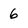
Character: 6